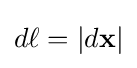
{\textstyle d\ell =|d\mathbf {x} |}